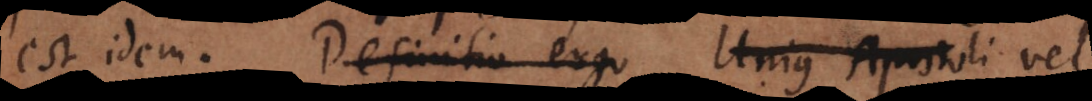
est idem. Definitio ergo Unius Apostoli U